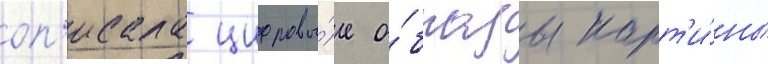
оп'исала цифровы́е о́бразы карт'и́ны